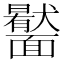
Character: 𩉎